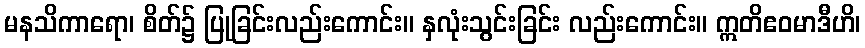
မနသိကာရော၊ စိတ်၌ ပြုခြင်းလည်းကောင်း။ နှလုံးသွင်းခြင်း လည်းကောင်း။ ဣတိဧဝမာဒီဟိ၊